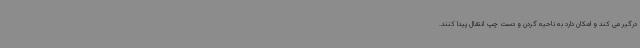
درگیر می کند و امکان دارد به ناحیه گردن و دست چپ انتقال پیدا کنند.